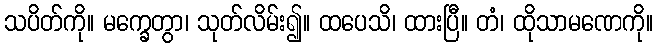
သပိတ်ကို။ မက္ခေတွာ၊ သုတ်လိမ်း၍။ ထပေသိ၊ ထားပြီ။ တံ၊ ထိုသာမဏေကို။